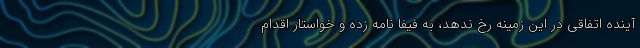
آینده اتفاقی در این زمینه رخ ندهد، به فیفا نامه زده و خواستار اقدام